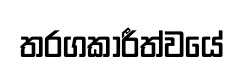
තරගකාරීත්වයේ